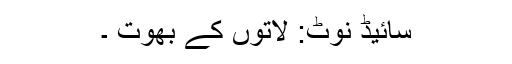
سائیڈ نوٹ: لاتوں کے بھوت ۔